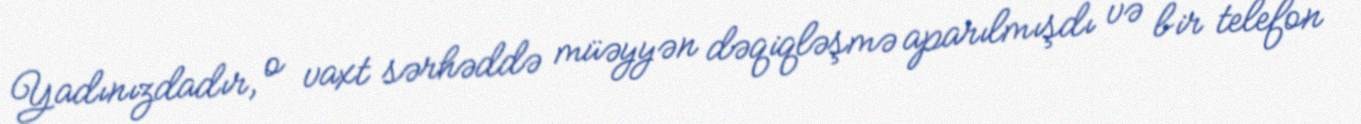
Yadınızdadır, o vaxt sərhəddə müəyyən dəqiqləşmə aparılmışdı və bir telefon